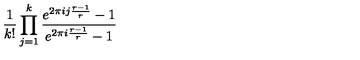
\frac { 1 } { k ! } \prod _ { j = 1 } ^ { k } \frac { e ^ { 2 \pi i j \frac { r - 1 } { r } } - 1 } { e ^ { 2 \pi i \frac { r - 1 } { r } } - 1 }